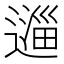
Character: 𬩆